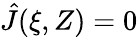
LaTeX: \hat{J}(\xi,Z)=0